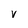
Character: V